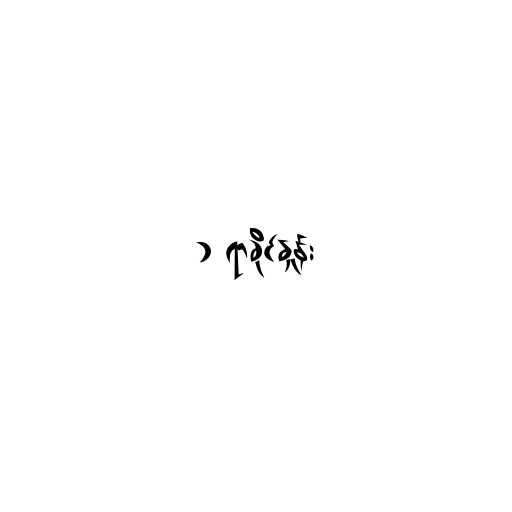
၁ ရာခိုင်နှုန်း